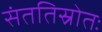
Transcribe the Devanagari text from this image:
संततिस्रोतः